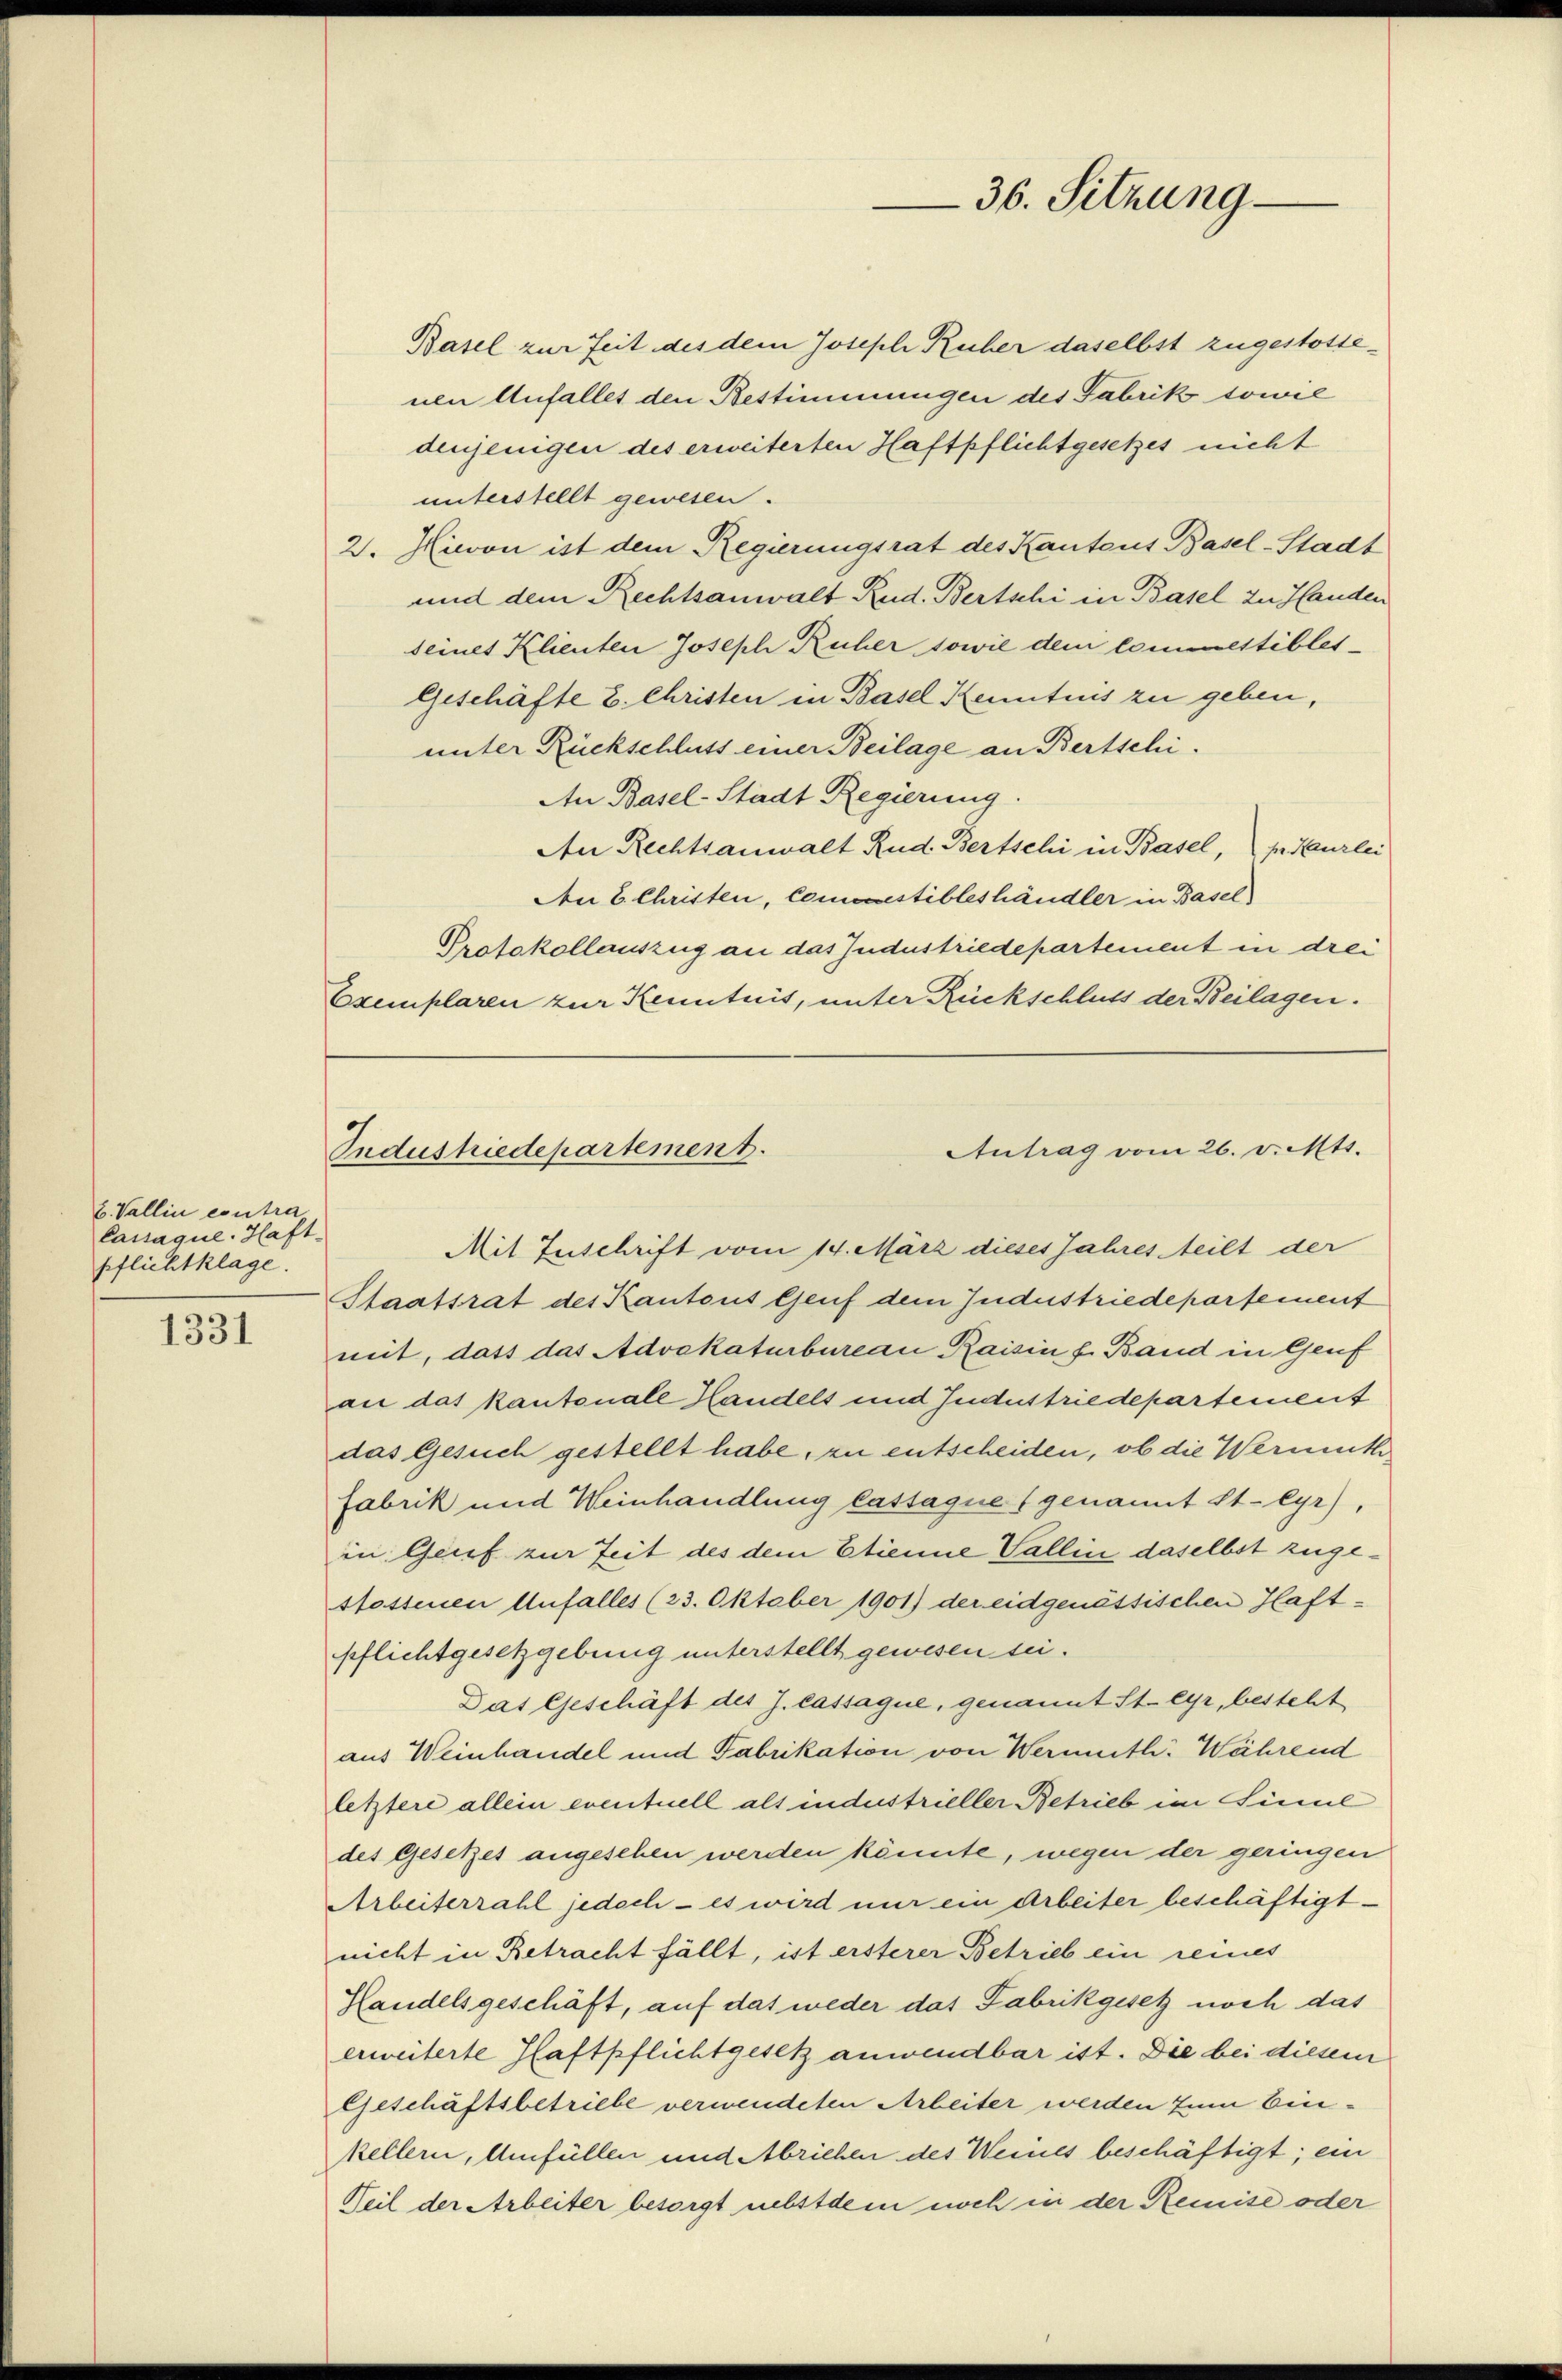
b. Vallin contra
Cassaque. Haft
pflichtklage.

1331

Basel zur Zeit des dem Joseph Ruher daselbst zugestossenen Anfalles den Bestimmungen des Fabrik sowie
denjenigen des erweiterten Haftpflichtgesetzes nicht
unterstellt gewesen.
2. Hievon ist dem Regierungsrat des Kantons Basel-Stadt
und dem Rechtsanwalt Rud. Bertschi in Basel zu Handen
seines Klienten Joseph Ruher sowie dem commestibles-
Geschäfte 2. Christen in Basel Kenntnis zu geben,
unter Rückschluss einer Beilage an Bertschi¬
An Basel-Stadt Regierung.
An Rechtsanwalt Rud. Bertschi in Basel, pr. Kurlei
Aen 6. Christen, Comoestibleshändler in Basel
Protokollauszug an das Industriedepartement in drei
Exemplaren zur Kenntnis, unter Rückschluss der Beilagen.

Mit Zuschrift vom 14. März dieses Jahres teilt der
Staatsrat des Kantons Genf dem Industriedepartement
mit, dass das Advokaturbureau Raisin s. Band in Genf
an das kantonale Handels und Jndustriedepartement
das Gesuch gestellt habe, zu entscheiden, ob die Wermuth
fabrik und Weinhandlung lattaque genannt Steyr),
in Genf zur Zeit des dem Etienne Gallin daselbst zugestossenen Unfalles (23. Oktober 1901) der eidgenössischen Glaftpflichtgesetzgebung unterstellt gewesen sei.
Das Geschäft des J. Cassague, genannt Steyr, besteht
aus Weinhandel und Fabrikation von Wermuth. Während
letztere allein eventuell als industrieller Betrieb im Sinne
des Gesetzes angesehen werden könnte, wegen der geringen
Arbeiterzahl jedoch - es wird nur ein Arbeiter beschäftigt
nicht in Betracht fällt, ist ersterer Betrieb ein reines
Hlandelsgeschäft, auf das weder das Fabrikgesetz noch das
erweiterte Pfaftpflichtgesetz anwendbar ist. Die bei diesem
Geschäftsbetriebe verwendeten Arbeiter werden zum Einkellern, Umfüllen und Abrichen des Weines beschäftigt; ein
Weil der Arbeiter besorgt nebstdem noch in der Remise oder

36. Sitzung

Antrag vom 26. v. Mts.
Industriedepartement.